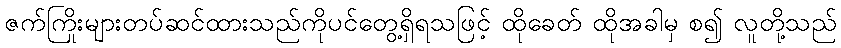
ဇက်ကြိုးများတပ်ဆင်ထားသည်ကိုပင်တွေ့ရှိရသဖြင့် ထိုခေတ် ထိုအခါမှ စ၍ လူတို့သည်